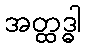
အတ္ထဒ္ဓါ